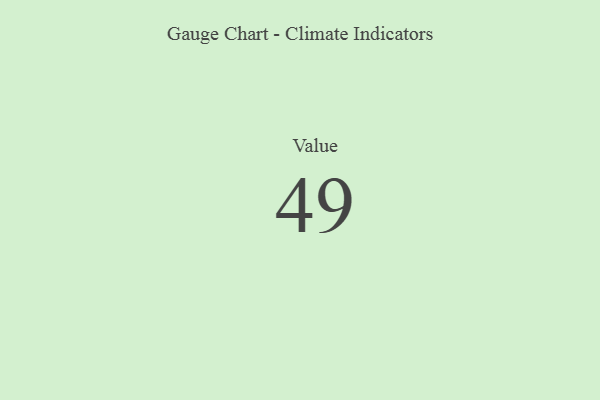
{"axis": {"x": "Metric", "y": "Value"}, "legend": [""], "data": [{"x": "Value", "y": 49, "type": ""}]}